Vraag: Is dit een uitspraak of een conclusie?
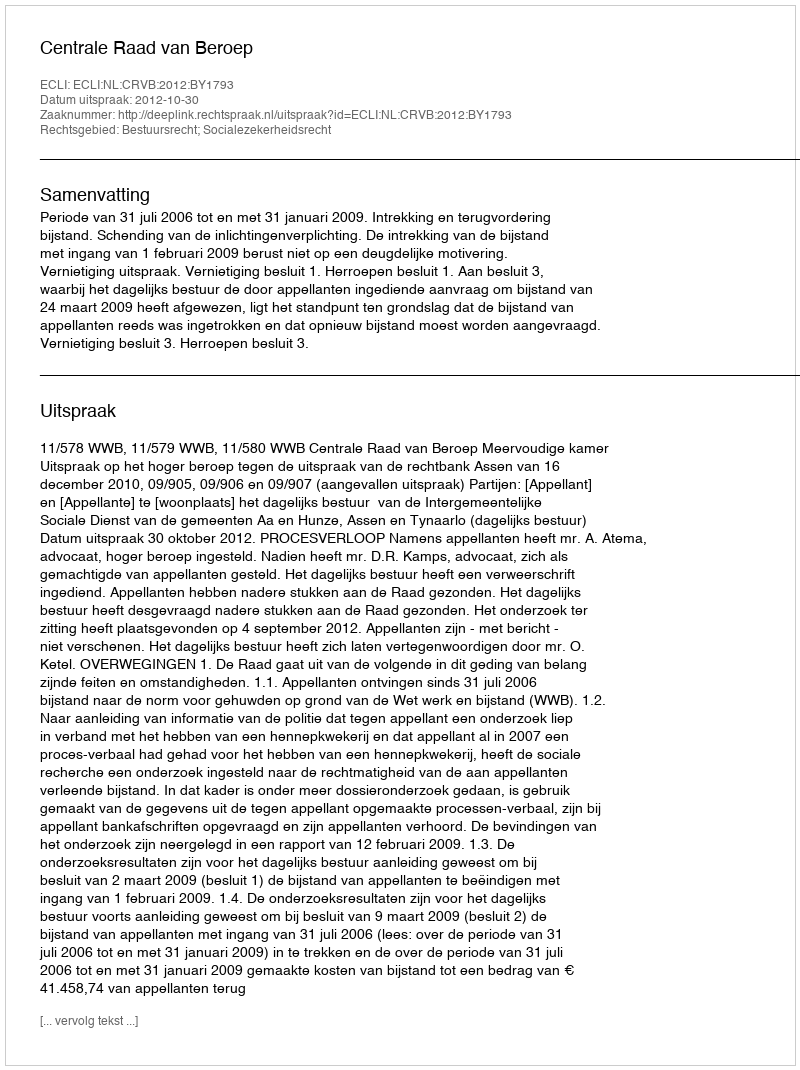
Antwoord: Uitspraak